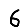
Digit: 6